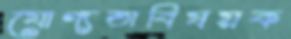
যোগ্যতাবিষয়ক